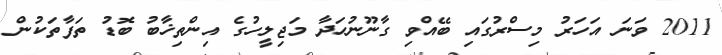
2011 ވަނަ އަހަރު މިސްރުގައި ބޭއްވި ގާނޫނުހަދާ މަޖިލީހުގެ އިންތިޚާބު ބޮޑު ތަފާތަކުން